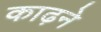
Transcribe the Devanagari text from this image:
काढ़ने